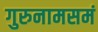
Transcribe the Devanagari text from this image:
गुरुनामसमं